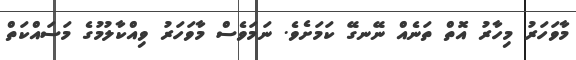
މާވަހަރު މިހާރު އޮތް ތަނެއް ނޭނގޭ ކަމަށެވެ. ނަމަވެސް މާވަހަރު ވިއްކާލުމުގެ މަސައްކަތް